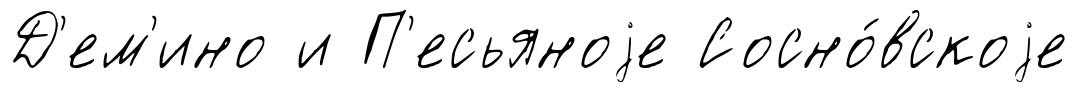
Д'ем'ино и П'есьяноjе Сосно́вскоjе